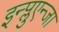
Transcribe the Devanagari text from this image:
इन्प्लुएन्जा